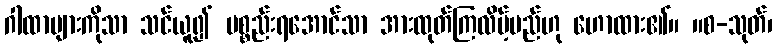
ဂါထာများကိုသာ သင်ယူ၍ ပစ္စည်းရအောင်သာ အားထုတ်ကြလိမ့်မည်ဟု ဟောထား၏။ ။စ-သုတ်၊